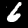
Digit: 6